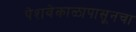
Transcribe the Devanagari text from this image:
पेशवेकाळापासूनचा